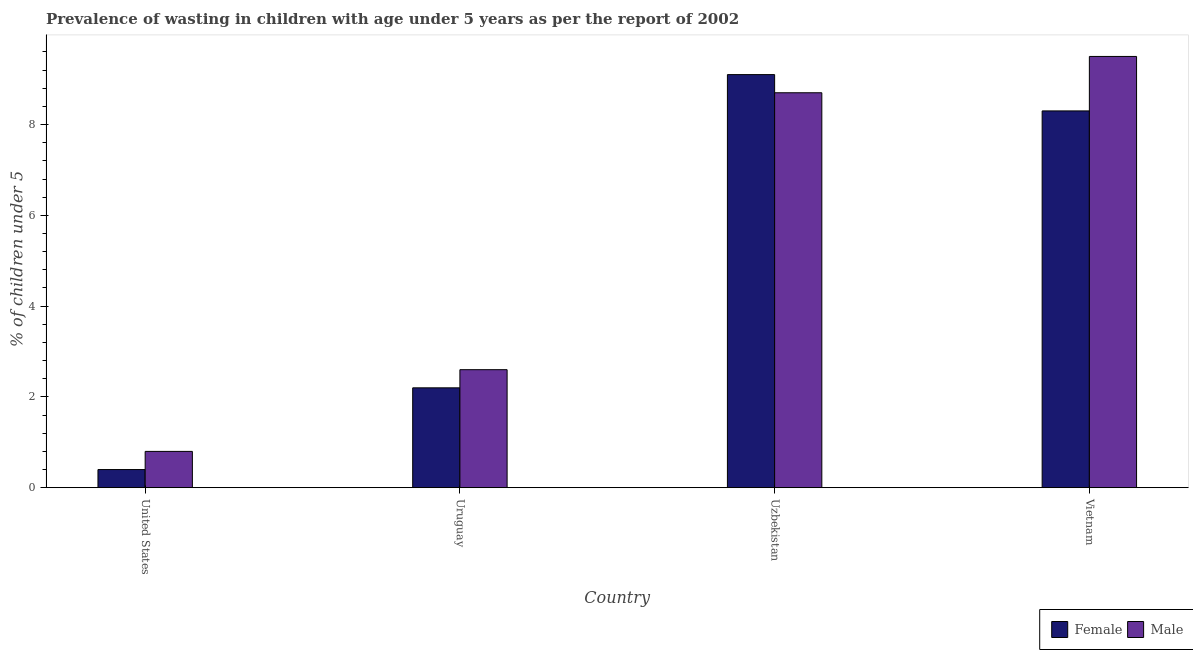
| Country | Female | Male |
 | --- | --- | --- |
 | United States | 0.4 | 0.8 |
 | Uruguay | 2.2 | 2.6 |
 | Uzbekistan | 9.1 | 8.7 |
 | Vietnam | 8.3 | 9.5 |